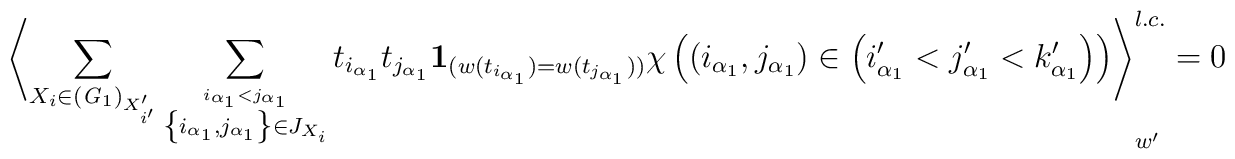
\left\langle\sum_{X_{i}\in ({\it G}_{1})_{X'_{i'}}}\sum_{\stackrel{i_{\alpha_{1}}< j_{\alpha_{1}}}{\left\{i_{\alpha_{1}},j_{\alpha_{1}}\right\}\in J_{X_{i}}}}t_{i_{\alpha_{1}}}t_{j_{\alpha_{1}}}{\bf 1}_{(w(t_{i_{\alpha_{1}}})=w(t_{j_{\alpha_{1}}}))}\chi\left(\left(i_{\alpha_{1}},j_{\alpha_{1}}\right)\in \left(i'_{\alpha_{1}}< j'_{\alpha_{1}}< k'_{\alpha_{1}}\right)\right)\right\rangle ^{l.c.}_{w'}=0